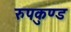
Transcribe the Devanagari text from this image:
रुपकुण्ड